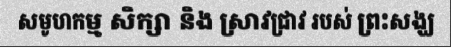
សមូហកម្ម សិក្សា និង ស្រាវជ្រាវ របស់ ព្រះសង្ឃ